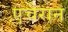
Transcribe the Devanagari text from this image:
एचेरान